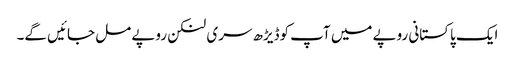
ایک پاکستانی روپے میں آپ کوڈیڑھ سری لنکن روپے مل جائیں گے۔